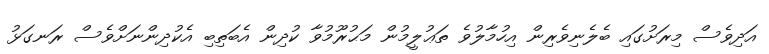
އަދިވެސް މިރަށުގައި ބެލެނިވެރިން އިހުމާލުވެ ތަޢުލީމުން މަޙުރޫމުވާ ކުދިން އެބަތިބި އެކުދިންނަށްވެސް ރަނގަޅު